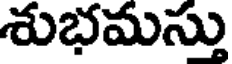
శుభమసు